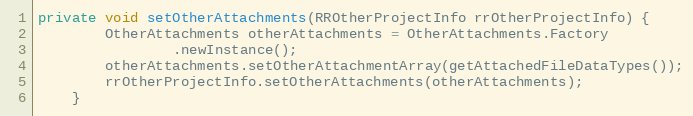
Language: Java
private void setOtherAttachments(RROtherProjectInfo rrOtherProjectInfo) {
        OtherAttachments otherAttachments = OtherAttachments.Factory
                .newInstance();
        otherAttachments.setOtherAttachmentArray(getAttachedFileDataTypes());
        rrOtherProjectInfo.setOtherAttachments(otherAttachments);
    }